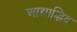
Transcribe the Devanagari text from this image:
आद्याद्भिद